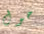
حول